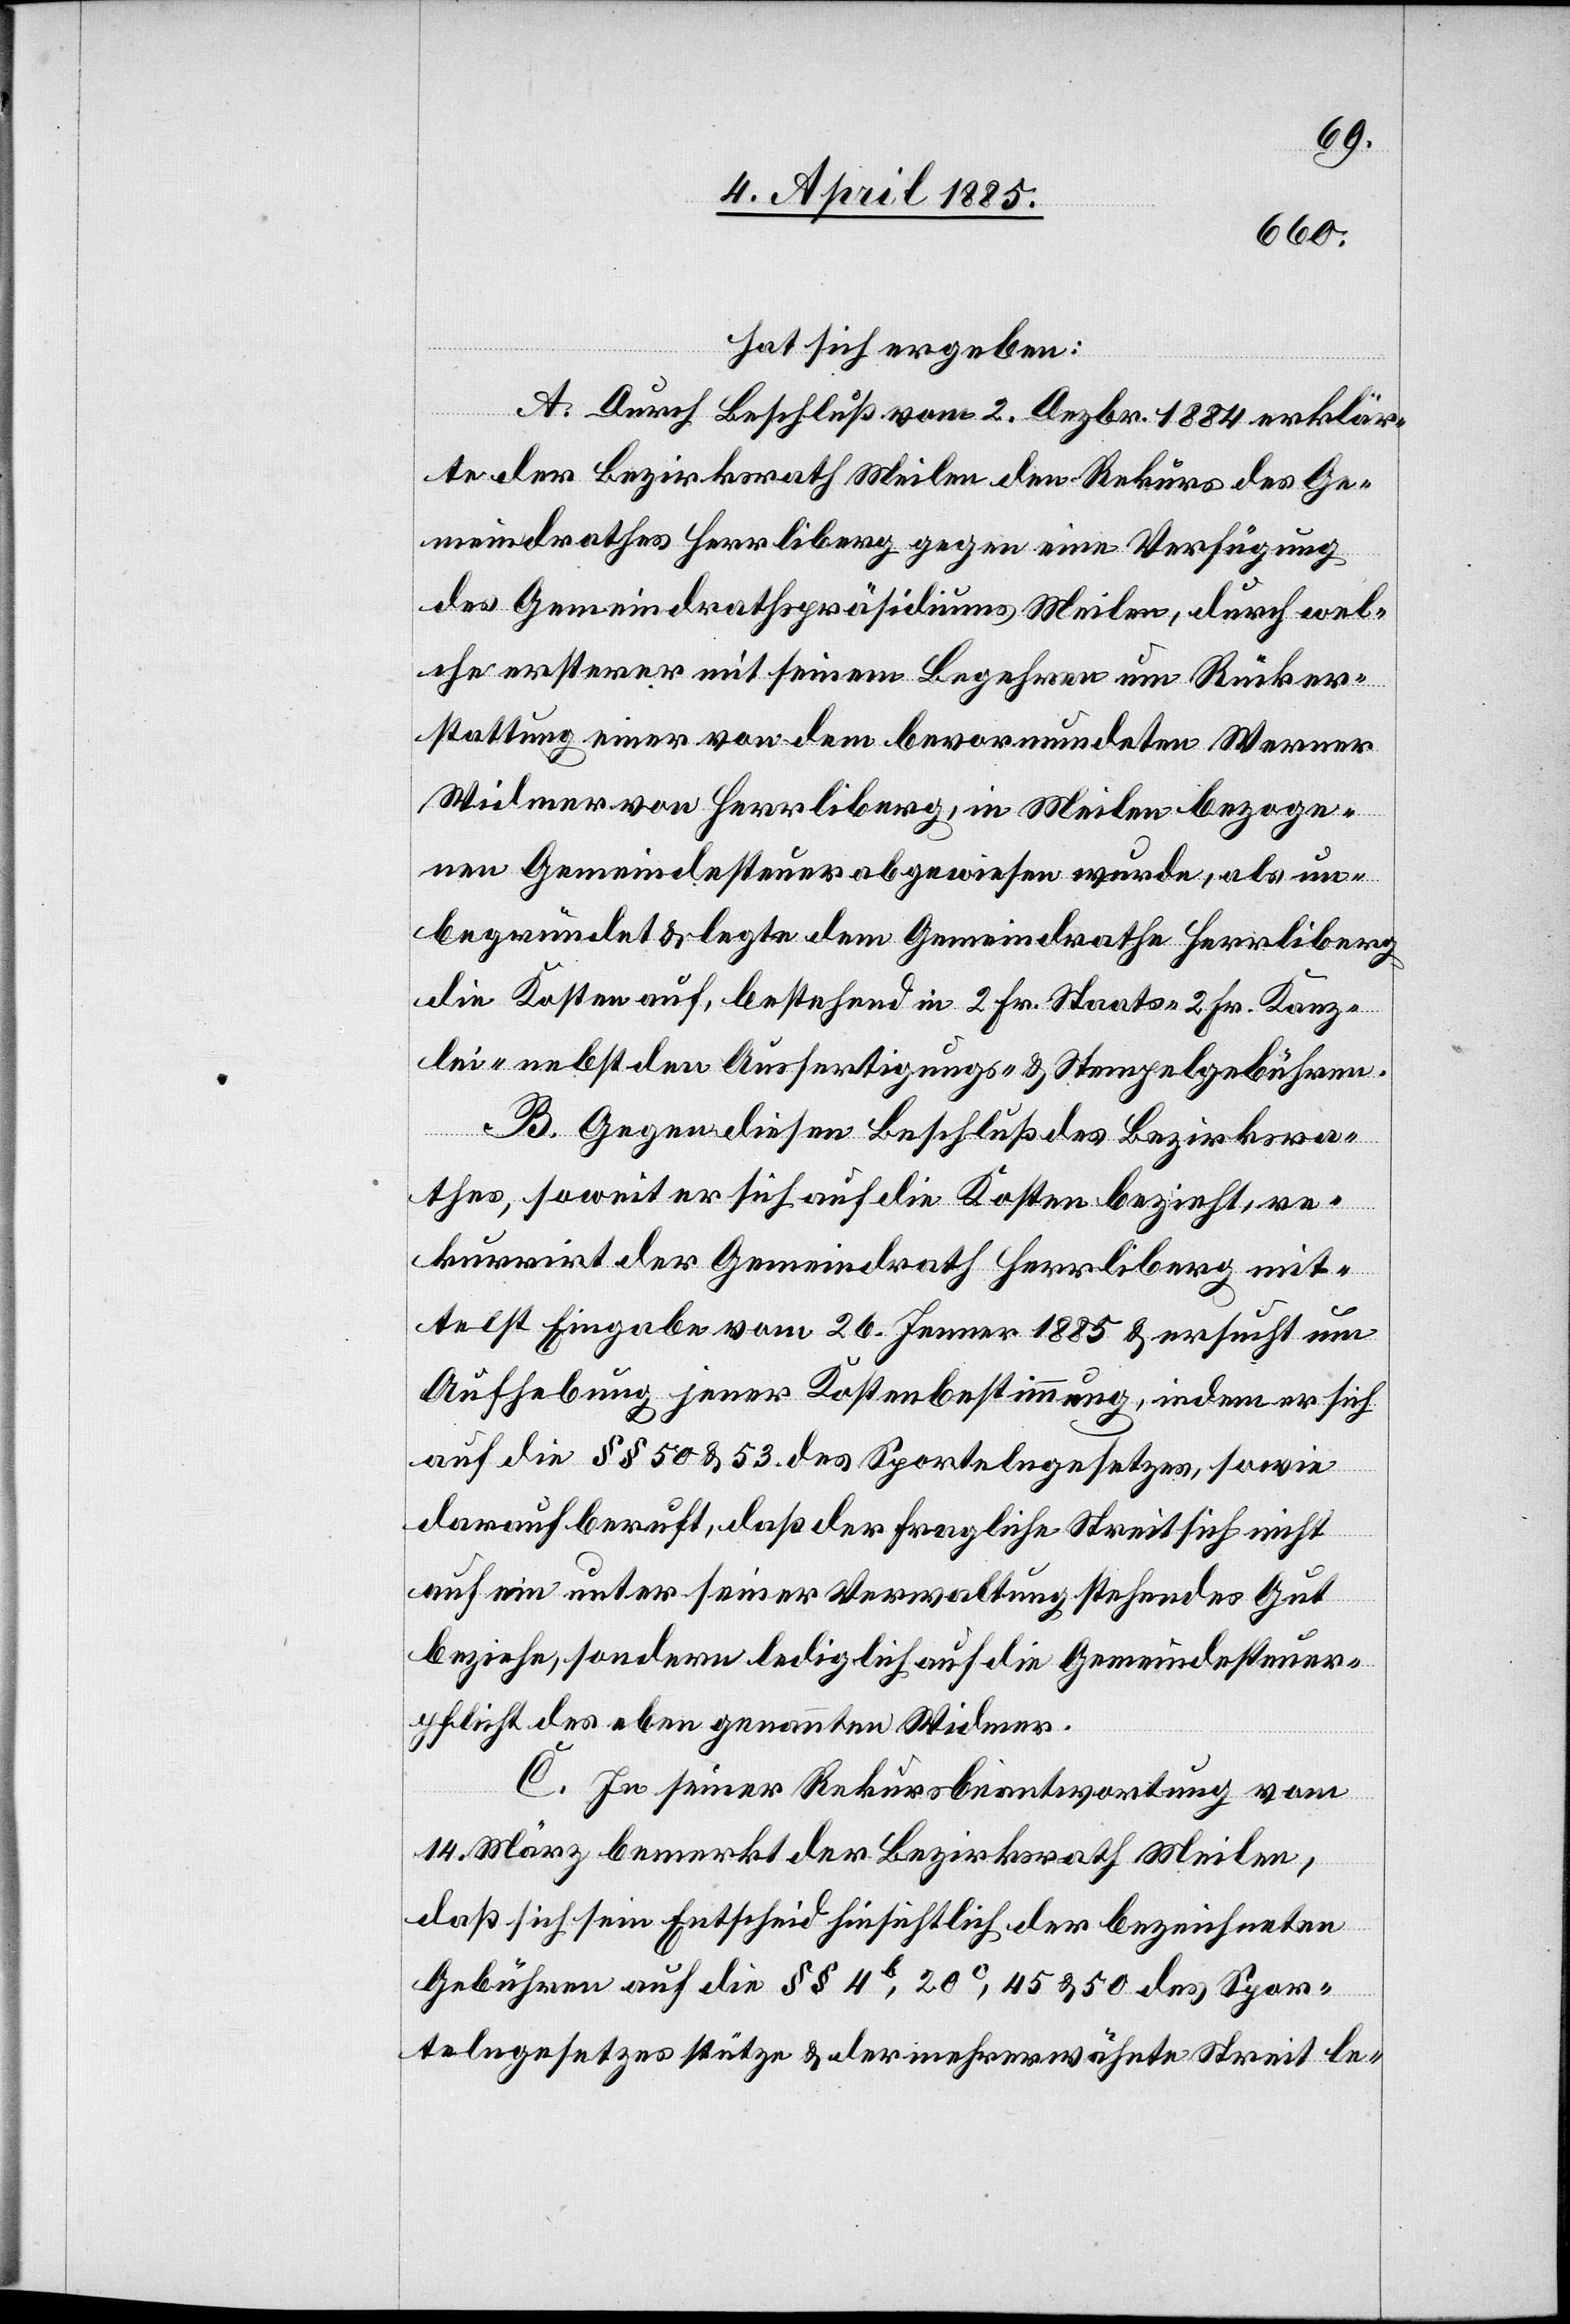
hat sich ergeben:
A. Durch Beschluß vom 2. Dezbr. 1884 erklär¬
te der Bezirksrath Meilen den Rekurs des Ge¬
meindrathes Herrliberg gegen eine Verfügung
des Gemeinderathspräsidiums Meilen, durch wel¬
che ersterer mit seinem Begehren um Rücker¬
stattung einer von dem bevormundeten Werner
Widmer von Herrliberg, in Meilen bezoge¬
nen Gemeindesteuer abgewiesen wurde, als un¬
begründet & legte dem Gemeindrathe Herrliberg
die Kosten auf, bestehend in 2 Fr. Staats- 2 Fr. Kanz¬
lei- nebst den Ausfertigungs- & Stempelgebühren.
B. Gegen diesen Beschluß des Bezirksra¬
thes, soweit er sich auf die Kosten bezieht, re¬
kurrirt der Gemeindrath Herrliberg mit¬
telst Eingabe vom 26. Jenner 1885 & ersucht um
Aufhebung jener Kostenbestimmung, indem er sich
auf die §§ 50 & 53 des Sportelngesetzes, sowie
darauf beruft, daß der fragliche Streit sich nicht
auf ein unter seiner Verwaltung stehendes Gut
beziehe, sondern lediglich auf die Gemeindesteuer¬
pflicht des eben genannten Widmer.
C. In seiner Rekursbeantwortung vom
14. März bemerkt der Bezirksrath Meilen,
daß sich sein Entscheid hinsichtlich der bezeichneten
Gebühren auf die § 4b, 20c, 45 & 50 des Spor¬
telngesetzes stütze & der mehrerwähnte Streit le-